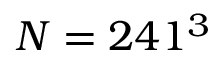
N = 2 4 1 ^ { 3 }